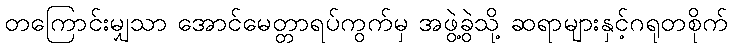
တကြောင်းမျှသာ အောင်မေတ္တာရပ်ကွက်မှ အဖွဲ့ခွဲသို့ ဆရာများနှင့်ဂရုတစိုက်